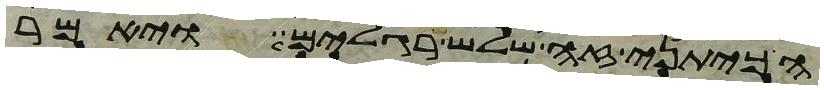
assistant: הכיתני זה שלש רגלים ויאמר